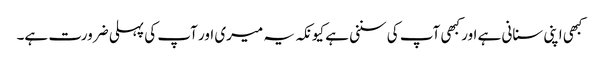
کبھی اپنی سنانی ہے اور کبھی آپ کی سننی ہے کیونکہ یہ میری اور آپ کی پہلی ضرورت ہے۔